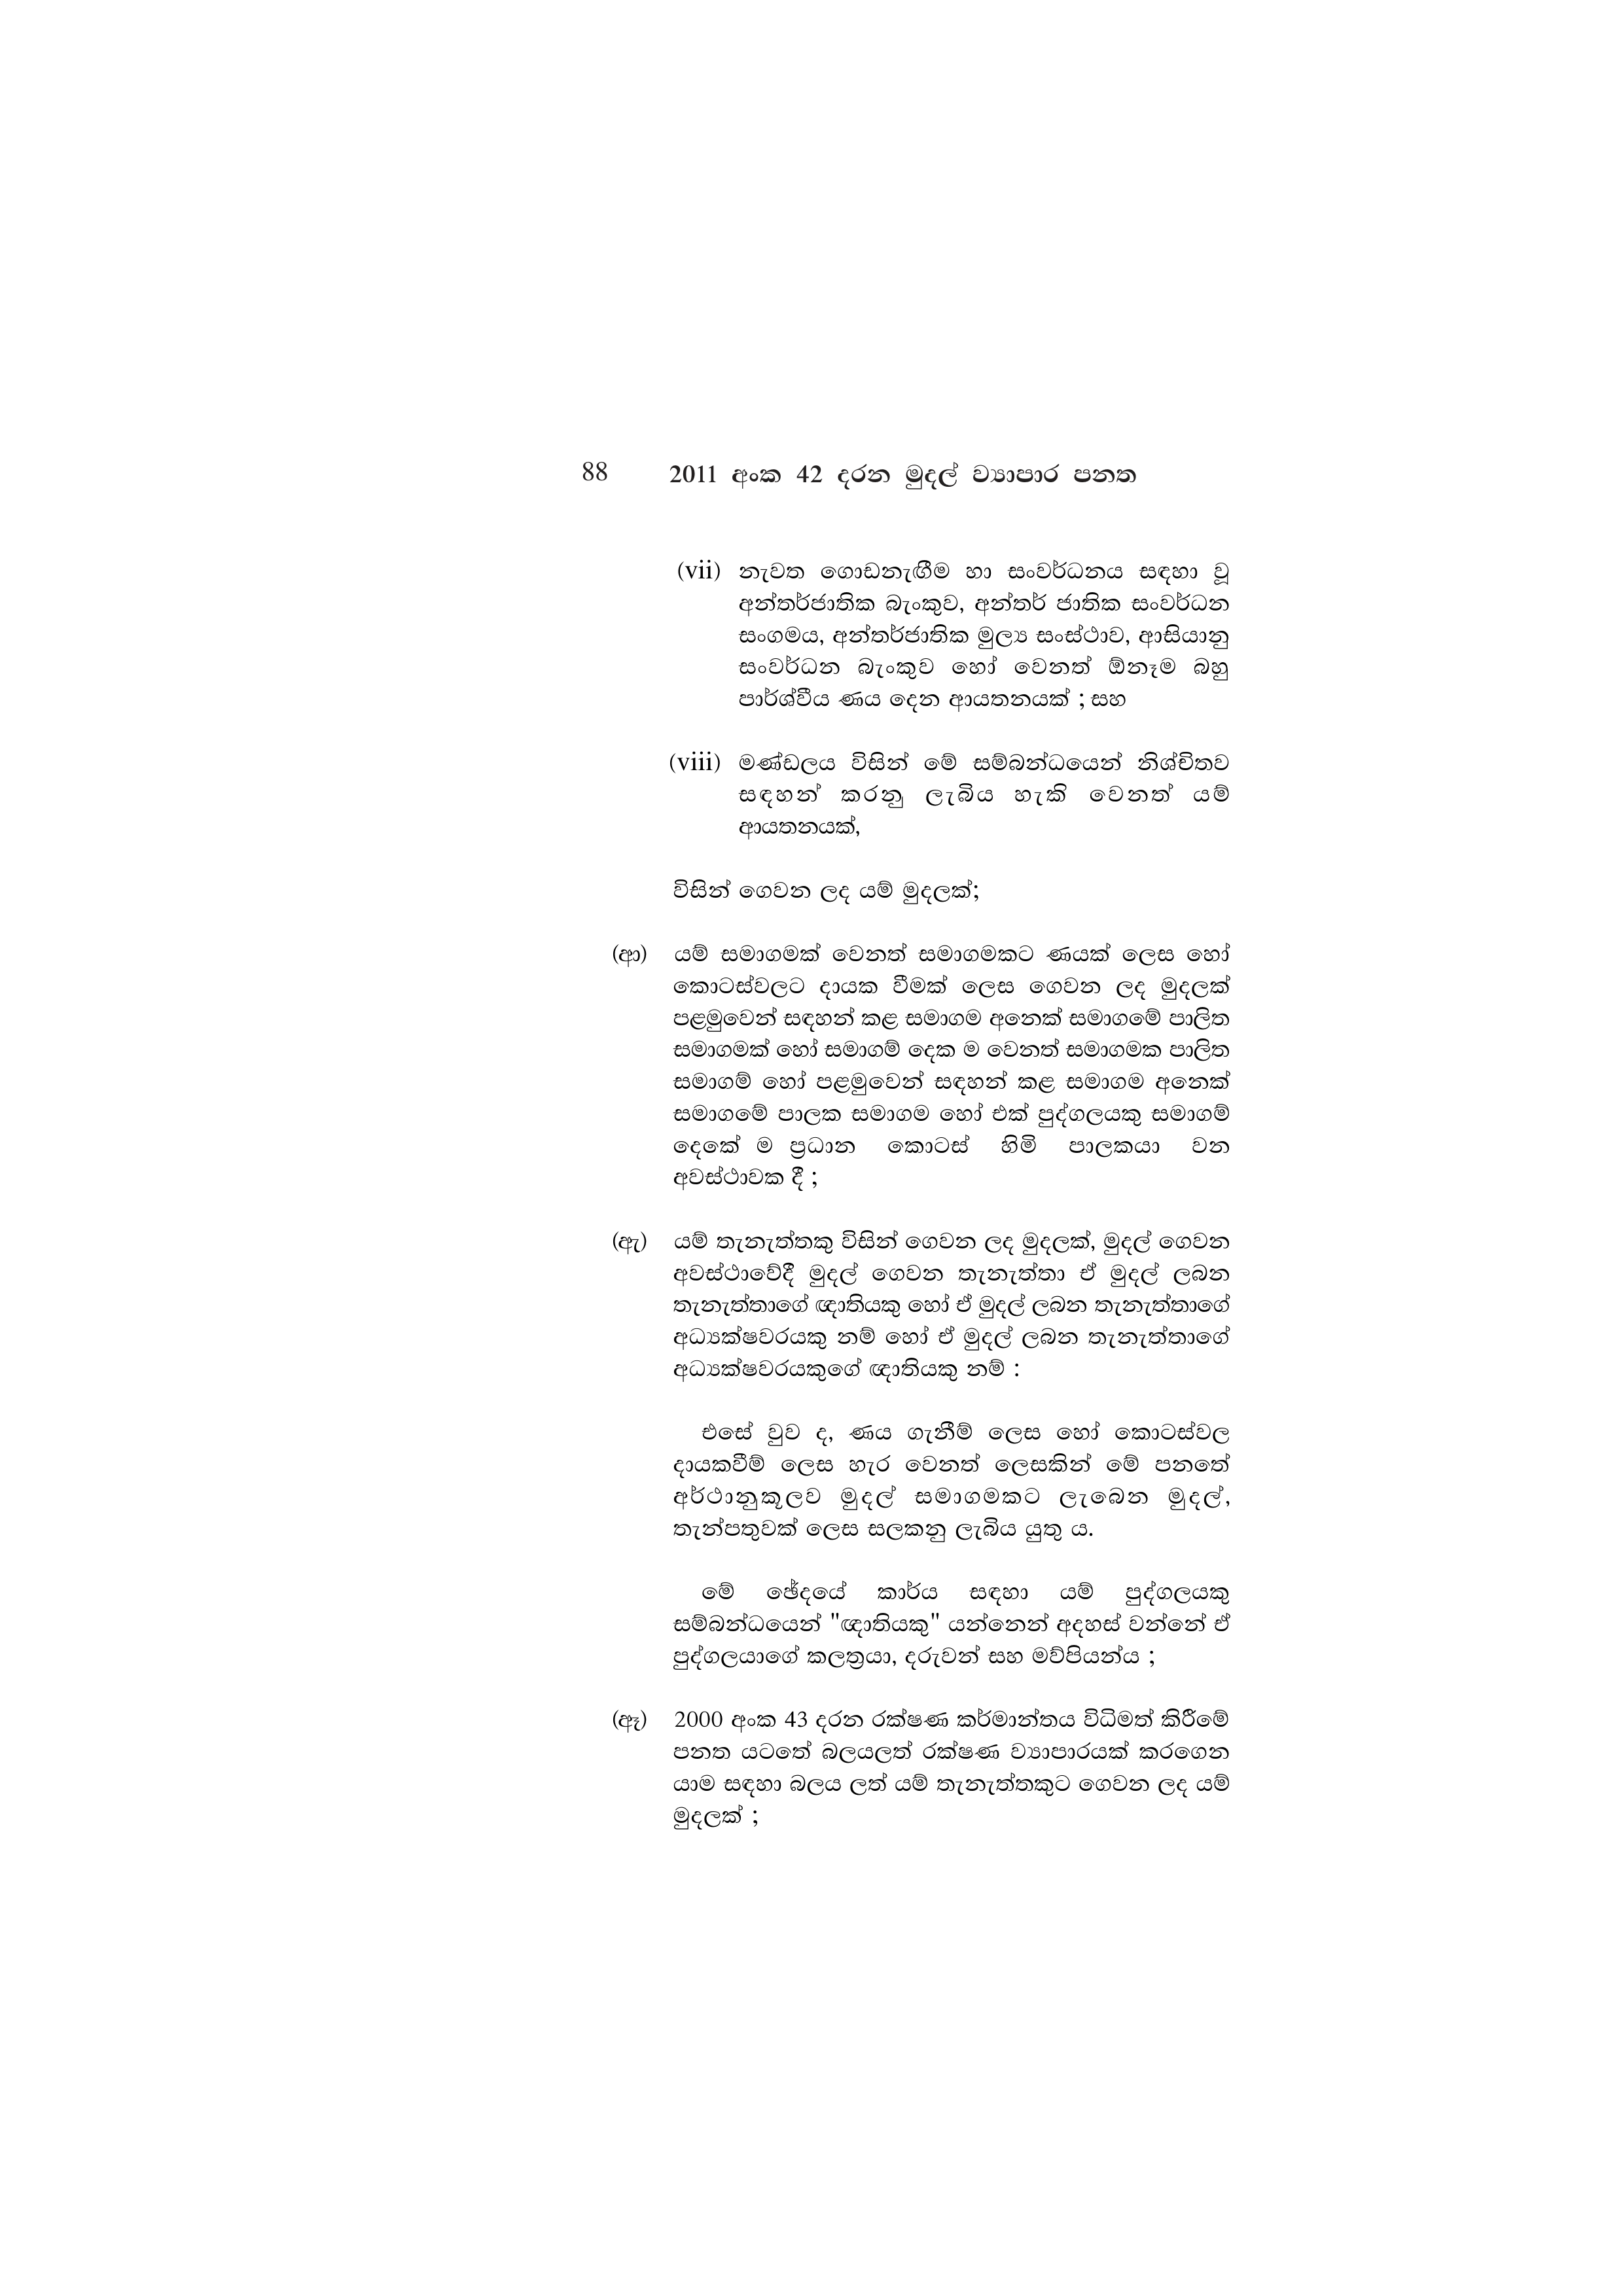
88 2011 අංක 42 දරන මුදල් ව්‍යාපාර පනත

(vii) නැවත ගොඩනැඟීම හා සංවර්ධනය සඳහා
අන්තර්ජාතික බැංකුව, අන්තර් ජාතික සංවර්ධන
සංගමය, අන්තර්ජාතික මුල්‍ය සංස්ථාව, ආසියානු
සංවර්ධන බැංකුව හෝ වෙනත් ඕනෑම බහු
පාර්ශ්වීය ණය දෙන ආයතනයක් ; සහ

(viii) මණ්ඩලය විසින් මේ සම්බන්ධයෙන් නිශ්චිතව
සඳහන් කරනු ලැබිය හැකි වෙනත් යම්
ආයතනයක්,

විසින් ගෙවන ලද යම් මුදලක්;

(ආ) යම් සමාගමක් වෙනත් සමාගමකට ණයක් ලෙස හෝ
කොටස්වලට දායක වීමක් ලෙස ගෙවන ලද මුදලක්
පළමුවෙන් සඳහන් කළ සමාගම අනෙක් සමාගමේ පාලිත
සමාගමක් හෝ සමාගම් දෙක ම වෙනත් සමාගමක පාලිත
සමාගම් හෝ පළමුවෙන් සඳහන් කළ සමාගම අනෙක්
සමාගමේ පාලක සමාගම හෝ එක් පුද්ගලයකු සමාගම්
දෙකේ ම ප්‍රධාන කොටස් හිමි පාලකයා වන
අවස්ථාවක දී ;

(ඇ) යම් තැනැත්තකු විසින් ගෙවන ලද මුදලක්, මුදල් ගෙවන
අවස්ථාවේදී මුදල් ගෙවන තැනැත්තා ඒ මුදල් ලබන
තැනැත්තාගේ ඥාතියකු හෝ ඒ මුදල් ලබන තැනැත්තාගේ
අධ්‍යක්ෂවරයකු නම් හෝ ඒ මුදල් ලබන තැනැත්තාගේ
අධ්‍යක්ෂවරයකුගේ ඥාතියකු නම් :

එසේ වුව ද, ණය ගැනීම් ලෙස හෝ කොටස්වල
දායකවීම් ලෙස හැර වෙනත් ලෙසකින් මේ පනතේ
අර්ථානුකූලව මුදල් සමාගමකට ලැබෙන මුදල්,
තැන්පතුවක් ලෙස සලකනු ලැබිය යුතු ය.

මේ ඡේදයේ කාර්ය සඳහා යම් පුද්ගලයකු
සම්බන්ධයෙන් "ඥාතියකු" යන්නෙන් අදහස් වන්නේ ඒ
පුද්ගලයාගේ කලත්‍රයා, දරුවන් සහ මව්පියන්ය ;

(ඈ) 2000 අංක 43 දරන රක්ෂණ කර්මාන්තය විධිමත් කිරීමේ
පනත යටතේ බලයලත් රක්ෂණ ව්‍යාපාරයක් කරගෙන
යාම සඳහා බලය ලත් යම් තැනැත්තකුට ගෙවන ලද යම්
මුදලක් ;